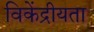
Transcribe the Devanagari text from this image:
विकेंद्रीयता